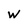
Character: W